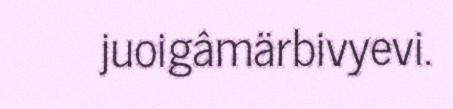
juoigâmärbivyevi.